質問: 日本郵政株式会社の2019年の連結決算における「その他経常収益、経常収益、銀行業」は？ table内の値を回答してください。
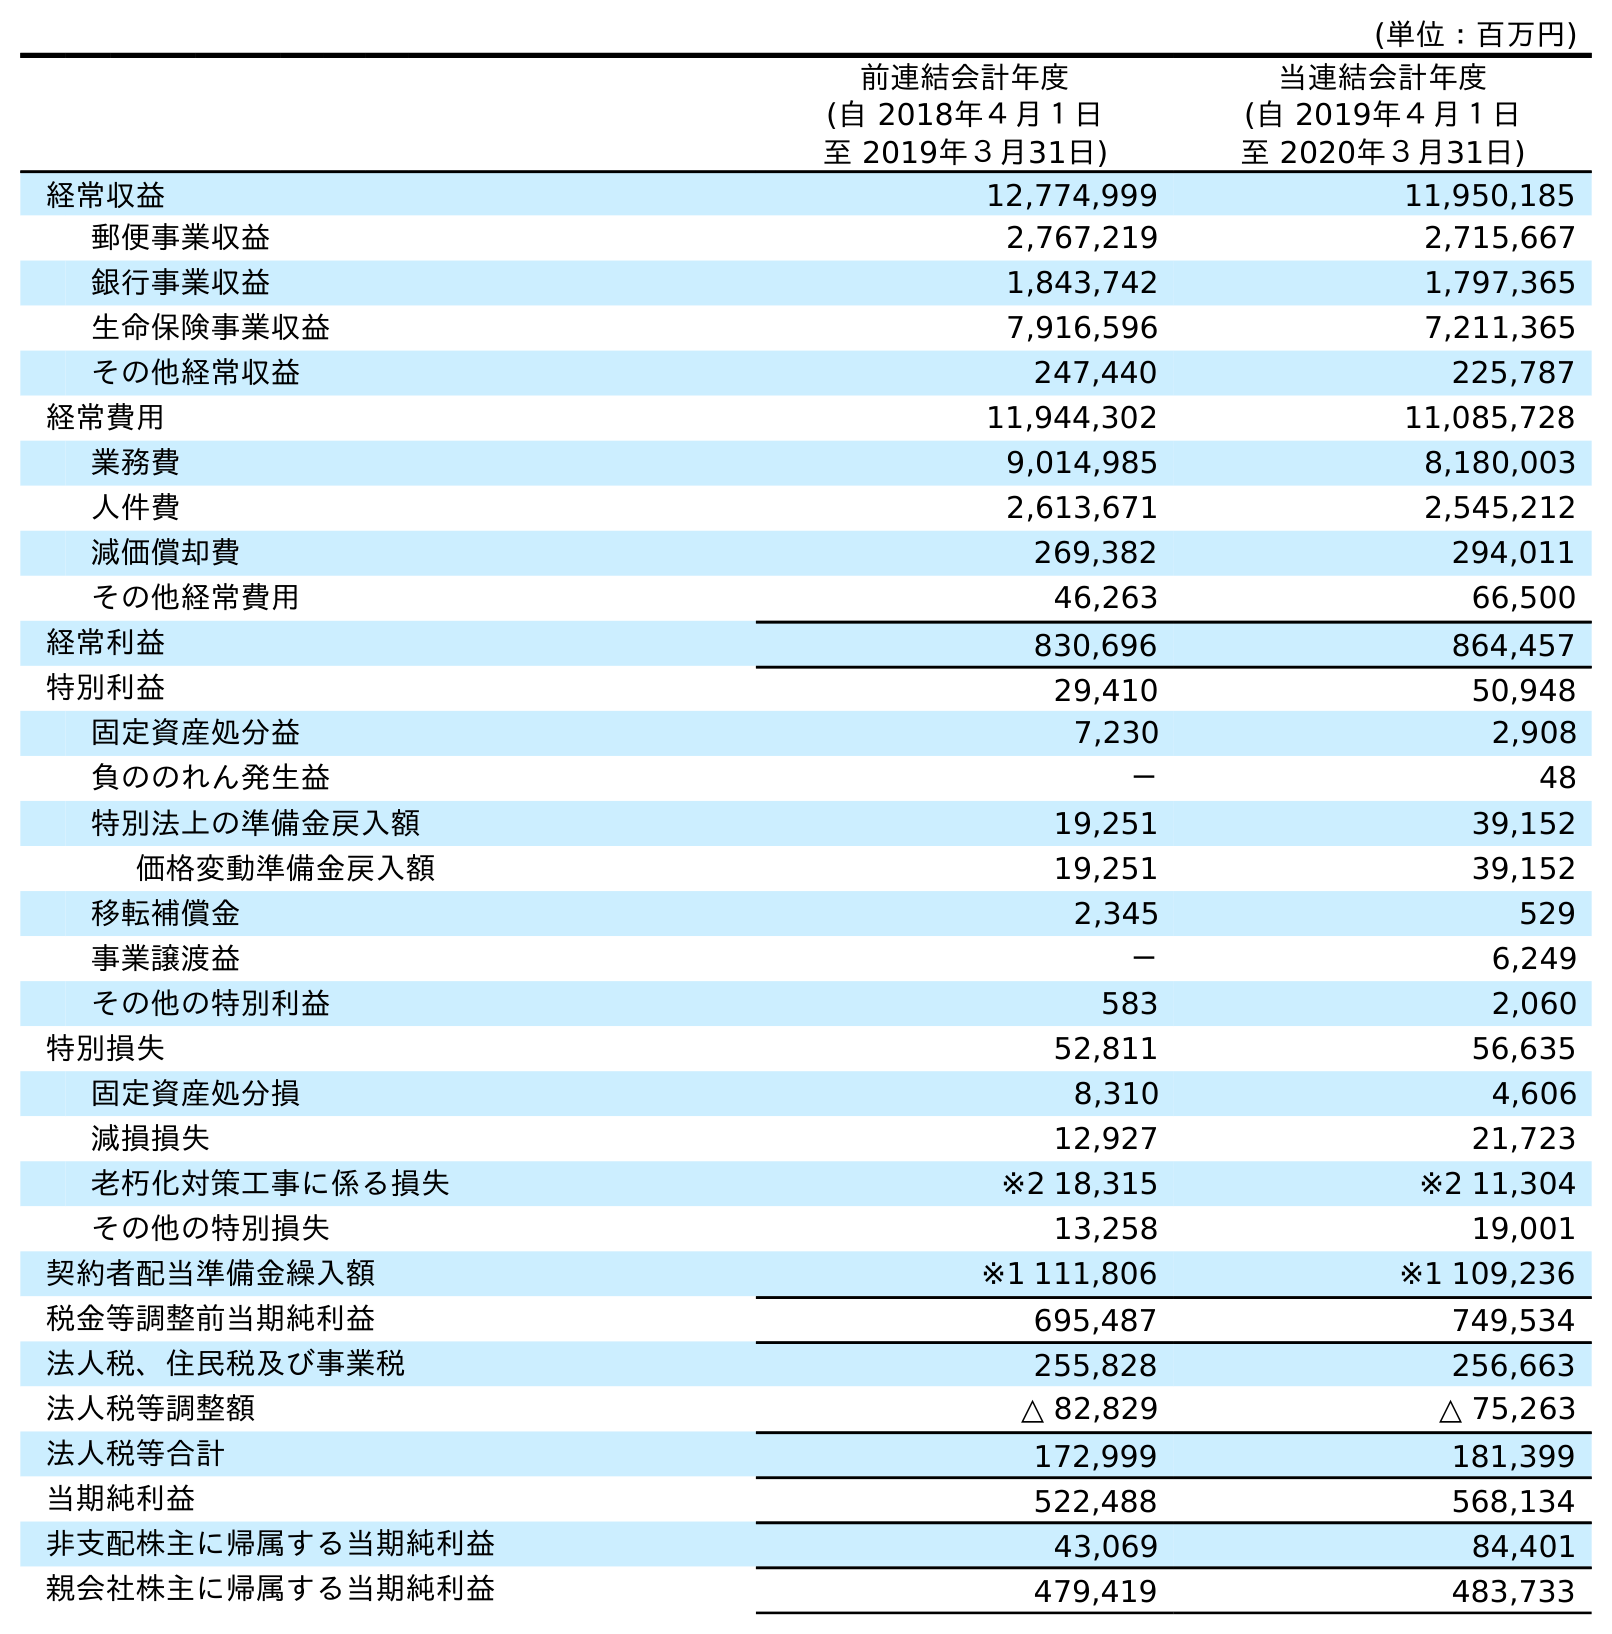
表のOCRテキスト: (単位：百万円) 前連結会計年度 (自 2018年４月１日 至 2019年３月31日) 当連結会計年度 (自 2019年４月１日 至 2020年３月31日) 経常収益 12,774,999 11,950,185 郵便事業収益 2,767,219 2,715,667 銀行事業収益 1,843,742 1,797,365 生命保険事業収益 7,916,596 7,211,365 その他経常収益 247,440 225,787 経常費用 11,944,302 11,085,728 業務費 9,014,985 8,180,003 人件費 2,613,671 2,545,212 減価償却費 269,382 294,011 その他経常費用 46,263 66,500 経常利益 830,696 864,457 特別利益 29,410 50,948 固定資産処分益 7,230 2,908 負ののれん発生益 － 48 特別法上の準備金戻入額 19,251 39,152 価格変動準備金戻入額 19,251 39,152 移転補償金 2,345 529 事業譲渡益 － 6,249 その他の特別利益 583 2,060 特別損失 52,811 56,635 固定資産処分損 8,310 4,606 減損損失 12,927 21,723 老朽化対策工事に係る損失 ※2 18,315 ※2 11,304 その他の特別損失 13,258 19,001 契約者配当準備金繰入額 ※1 111,806 ※1 109,236 税金等調整前当期純利益 695,487 749,534 法人税、住民税及び事業税 255,828 256,663 法人税等調整額 △ 82,829 △ 75,263 法人税等合計 172,999 181,399 当期純利益 522,488 568,134 非支配株主に帰属する当期純利益 43,069 84,401 親会社株主に帰属する当期純利益 479,419 483,733
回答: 247,440